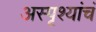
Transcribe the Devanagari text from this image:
अस्पृश्यांचं